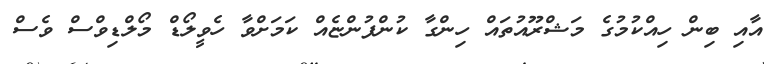
އާއި ބިން ހިއްކުމުގެ މަޝްރޫއުތައް ހިންގާ ކުންފުންޏެއް ކަމަށްވާ ހެވީލޯޑް މޯލްޑިވްސް ވެސް